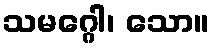
သမဂ္ဂေါ၊ သော။